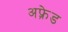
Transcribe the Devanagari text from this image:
अफ़्रेड